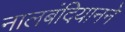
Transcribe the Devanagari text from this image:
नालबंदियानने